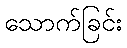
သောက်ခြင်း